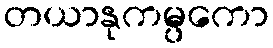
တယာနုကမ္ပကော